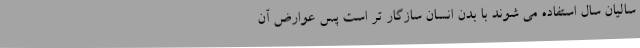
سالیان سال استفاده می شوند با بدن انسان سازگار تر است پس عوارض آن